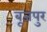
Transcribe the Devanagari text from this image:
बूजपुर